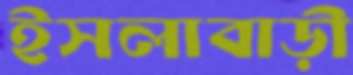
ইসলাবাড়ী